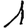
Digit: 1